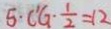
5 \cdot C ^ { \prime } G \cdot \frac { 1 } { 2 } = 1 2